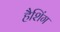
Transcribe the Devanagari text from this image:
हैशिंग